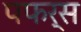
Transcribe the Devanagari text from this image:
पफर्स